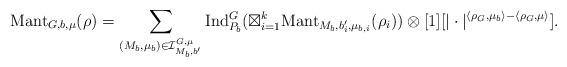
LaTeX: \begin{align*}\mathrm{Mant}_{G,b, \mu}(\rho)= \sum\limits_{(M_b, \mu_b) \in \mathcal{I}^{G, \mu}_{M_b, b'}} \mathrm{Ind}^G_{P_b}(\boxtimes^k_{i=1} \mathrm{Mant}_{M_b, b'_i, \mu_{b,i}}(\rho_i)) \otimes [1][|\cdot|^{\langle \rho_G, \mu_b \rangle - \langle \rho_G, \mu \rangle}].\end{align*}